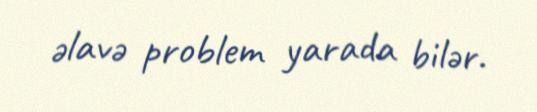
əlavə problem yarada bilər.